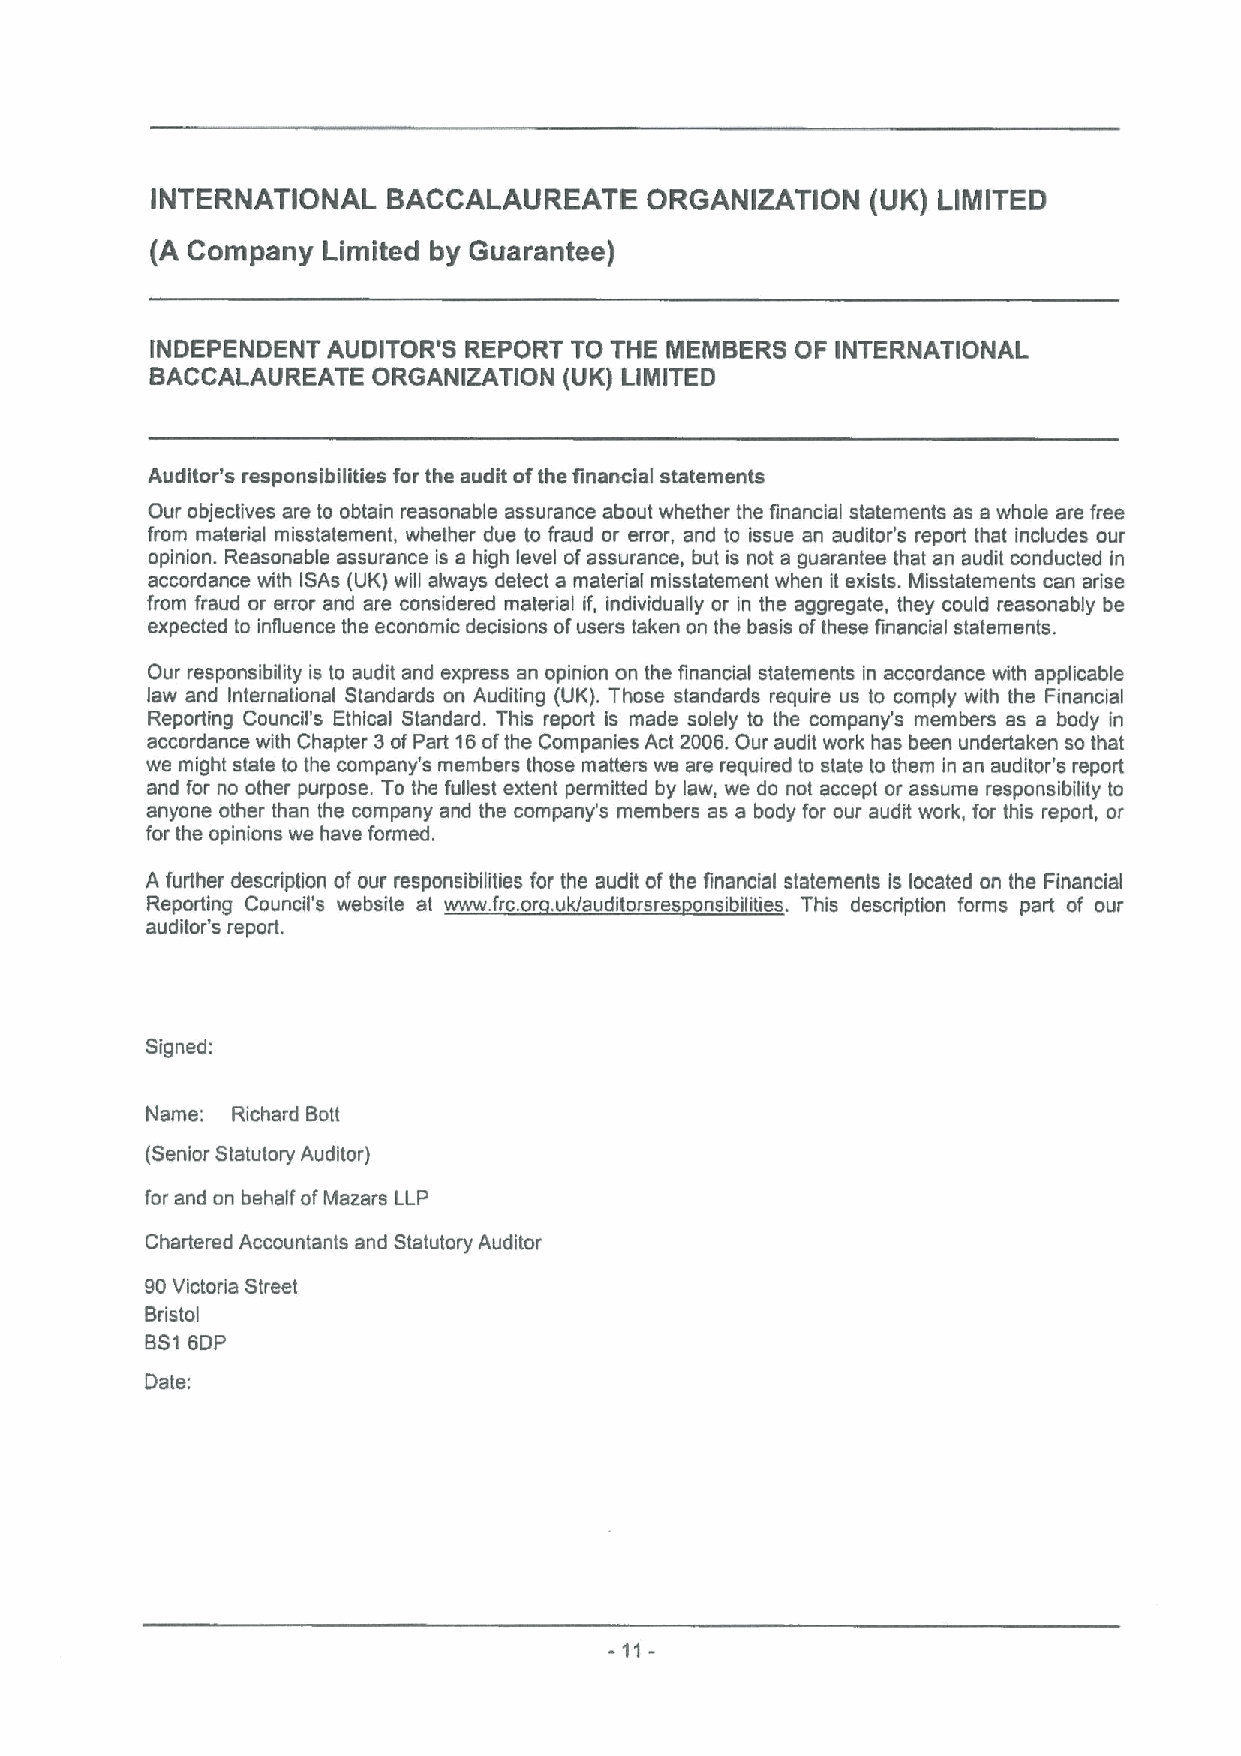
INTERNATIONAL   BACCALAUREATE    ORGANIZATION   {UK)LIMITED
 {ACompany  Limited by Guarantee)
 INDEPENDENT AUDITOR'S REPORT TO THE MEMBERS OF INTERNATIONAL
 BACCALAUREATE  ORGANIZATION (UK) LIMITED
 Auditor's responsibilities for the audit ofthe financial statements
 Our objectives are to obtain reasonable assurance about whether the financial statements as a whole are free
 from material misstatement, whether due to fraud or error, and to issue an auditor's report that includes our
 opinion. Reasonable assurance is a high level ofassurance, but is not a guarantee that an audit conducted in
 accordance with iSAs (UK}will always detect a material misstatement when it exists. Misstatements can arise
 from fraud ar error and are considered material if, individually or in the aggregate, they could reasonably be
 expected to influence the economic decisions ofusers taken on the basis ofthese financial statements.
 Dur responsibility is to audit and express an opinion on the financial statements in accordance with applicable
 law and International Standards on Auditing (UK). Those standards require us to comply with the Financial
 Reporting Council's Ethical Standard. This report is made solely to the company's members as a body in
 accordance with Chapter 3ofPart 16ofthe Companies Act 2006.Dur audit work has been undeAaken sa that
 we might state to the company's members those matters we are required to state to them in an auditor's report
 and for no other purpose. To the fullest extent permitted by law, we do not accept or assume responsibility to
 anyone other than the company and the company's members as a body for our audit work, for this report, or
 for the opinions we have formed.
 A further description of our responsibilities for the audit ofthe financial statements is located an the Financial
 Reporting Council's website at wwwfrcor uk/auditorsre ansibilities. This description forms part of our
 auditor's report.
 Signed:
 Name: Richard Bott
 (Senior Statutory Auditor)
 for and on behalf ofMazars LLP
 Chartered Accountants and Statutory Auditor
 90Victoria Street
 Bristol
 BS16DP
 Date;
 -11-